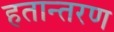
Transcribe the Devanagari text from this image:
हतान्तरण